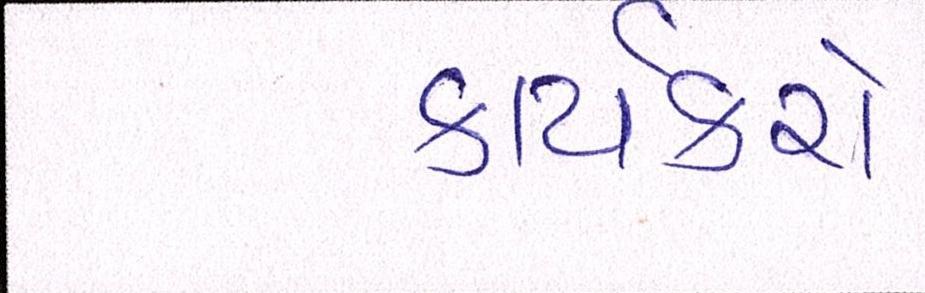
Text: કાર્યકરો